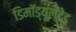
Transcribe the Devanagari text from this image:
डिमॉड्यूलेटेड